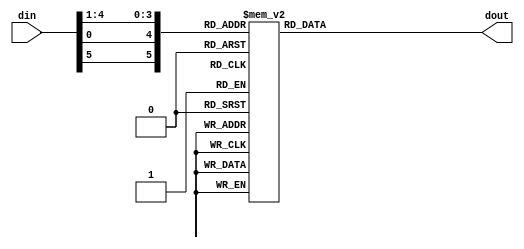
/*  
Copyright 2019 XCrypt Studio                
																	 
Licensed under the Apache License, Version 2.0 (the "License");         
you may not use this file except in compliance with the License.        
You may obtain a copy of the License at                                 
																	 
 http://www.apache.org/licenses/LICENSE-2.0                          
																	 
Unless required by applicable law or agreed to in writing, software    
distributed under the License is distributed on an "AS IS" BASIS,       
WITHOUT WARRANTIES OR CONDITIONS OF ANY KIND, either express or implied.
See the License for the specific language governing permissions and     
limitations under the License.                                          
*/  

// ------------------------------------------------------------------------------
// Function         :   DES Cryptographic Algorithm Core SBox
// ------------------------------------------------------------------------------
// Version            v-1.0
// ------------------------------------------------------------------------------

`timescale 1ns / 1ps

module des_sbox5(
    input   [5:0]   din,
    output  [3:0]   dout
    );
	
    reg [3:0] r_dout;
    assign dout = r_dout;
	//
    always@(din) begin
        case({din[5],din[0],din[4:1]})
			//line 0
            6'h00 : r_dout = 4'd02;
            6'h01 : r_dout = 4'd12;
            6'h02 : r_dout = 4'd04;
            6'h03 : r_dout = 4'd01;
            6'h04 : r_dout = 4'd07;
            6'h05 : r_dout = 4'd10;
            6'h06 : r_dout = 4'd11;
            6'h07 : r_dout = 4'd06;
            6'h08 : r_dout = 4'd08;
            6'h09 : r_dout = 4'd05;
            6'h0a : r_dout = 4'd03;
            6'h0b : r_dout = 4'd15;
            6'h0c : r_dout = 4'd13;
            6'h0d : r_dout = 4'd00;
            6'h0e : r_dout = 4'd14;
            6'h0f : r_dout = 4'd09;
			//line 1
            6'h10 : r_dout = 4'd14;
            6'h11 : r_dout = 4'd11;
            6'h12 : r_dout = 4'd02;
            6'h13 : r_dout = 4'd12;
            6'h14 : r_dout = 4'd04;
            6'h15 : r_dout = 4'd07;
            6'h16 : r_dout = 4'd13;
            6'h17 : r_dout = 4'd01;
            6'h18 : r_dout = 4'd05;
            6'h19 : r_dout = 4'd00;
            6'h1a : r_dout = 4'd15;
            6'h1b : r_dout = 4'd10;
            6'h1c : r_dout = 4'd03;
            6'h1d : r_dout = 4'd09;
            6'h1e : r_dout = 4'd08;
            6'h1f : r_dout = 4'd06;		
			//line 2
            6'h20 : r_dout = 4'd04;
            6'h21 : r_dout = 4'd02;
            6'h22 : r_dout = 4'd01;
            6'h23 : r_dout = 4'd11;
            6'h24 : r_dout = 4'd10;
            6'h25 : r_dout = 4'd13;
            6'h26 : r_dout = 4'd07;
            6'h27 : r_dout = 4'd08;
            6'h28 : r_dout = 4'd15;
            6'h29 : r_dout = 4'd09;
            6'h2a : r_dout = 4'd12;
            6'h2b : r_dout = 4'd05;
            6'h2c : r_dout = 4'd06;
            6'h2d : r_dout = 4'd03;
            6'h2e : r_dout = 4'd00;
            6'h2f : r_dout = 4'd14;	
			//line 3
            6'h30 : r_dout = 4'd11;
            6'h31 : r_dout = 4'd08;
            6'h32 : r_dout = 4'd12;
            6'h33 : r_dout = 4'd07;
            6'h34 : r_dout = 4'd01;
            6'h35 : r_dout = 4'd14;
            6'h36 : r_dout = 4'd02;
            6'h37 : r_dout = 4'd13;
            6'h38 : r_dout = 4'd06;
            6'h39 : r_dout = 4'd15;
            6'h3a : r_dout = 4'd00;
            6'h3b : r_dout = 4'd09;
            6'h3c : r_dout = 4'd10;
            6'h3d : r_dout = 4'd04;
            6'h3e : r_dout = 4'd05;
            6'h3f : r_dout = 4'd03;		
        endcase
    end

endmodule